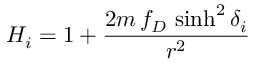
H _ { i } = 1 + { \frac { 2 m \, f _ { D } \, \sinh ^ { 2 } \delta _ { i } } { r ^ { 2 } } }